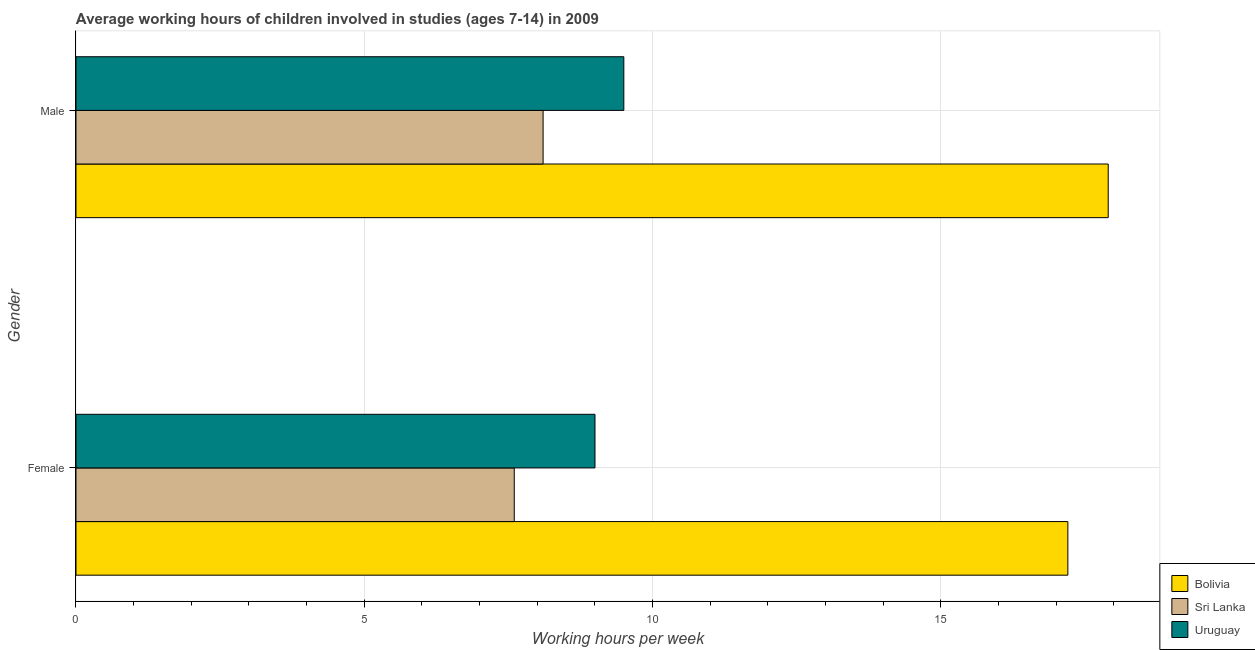
| Gender | Bolivia | Sri Lanka | Uruguay |
 | --- | --- | --- | --- |
 | Female | 17.2 | 7.6 | 9 |
 | Male | 17.9 | 8.1 | 9.5 |